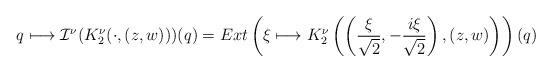
LaTeX: \begin{align*} q \longmapsto \mathcal{I}^\nu(K^\nu_2(\cdot,(z,w)))(q) = Ext\left( \xi \longmapsto K^\nu_2\left(\left(\frac{\xi}{\sqrt{2}},-\frac{i\xi}{\sqrt{2}}\right),(z,w) \right)\right)(q)\end{align*}